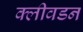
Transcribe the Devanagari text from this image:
क्लीवडन